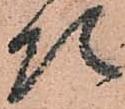
頭